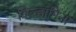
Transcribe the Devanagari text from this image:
विल्हामिना